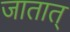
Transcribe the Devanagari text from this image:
जातात्